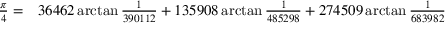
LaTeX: \begin{array} { r l } { { \frac { \pi } { 4 } } = } & { { } 3 6 4 6 2 \arctan { \frac { 1 } { 3 9 0 1 1 2 } } + 1 3 5 9 0 8 \arctan { \frac { 1 } { 4 8 5 2 9 8 } } + 2 7 4 5 0 9 \arctan { \frac { 1 } { 6 8 3 9 8 2 } } } \end{array}